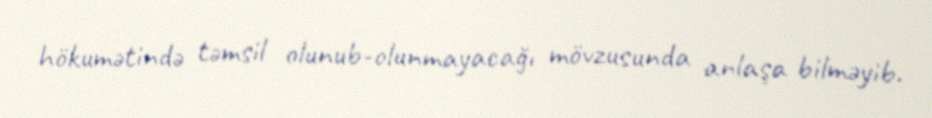
hökumətində təmsil olunub-olunmayacağı mövzusunda anlaşa bilməyib.